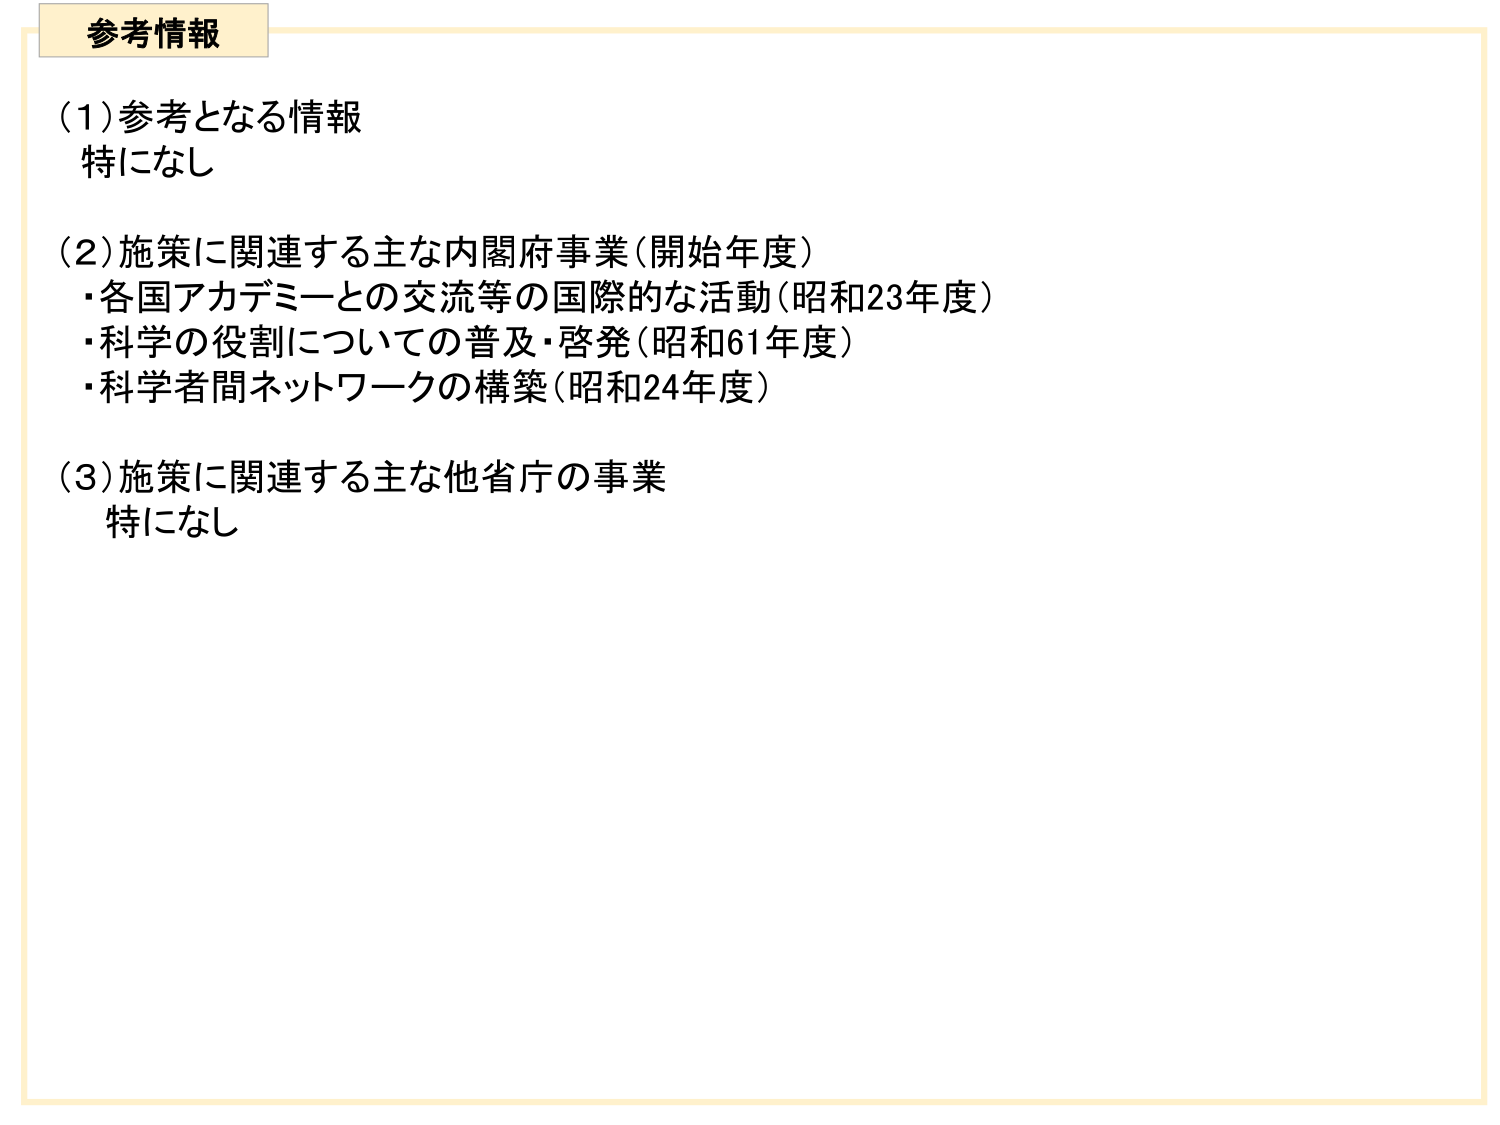
参考情報

(1) 参考となる情報
特になし

(2) 施策に関連する主な内閣府事業（開始年度）
・各国アカデミーとの交流等の国際的な活動（昭和23年度）
・科学の役割についての普及・啓発（昭和61年度）
・科学者間ネットワークの構築（昭和24年度）

(3) 施策に関連する主な他省庁の事業
特になし